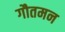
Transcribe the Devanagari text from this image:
गौतमन